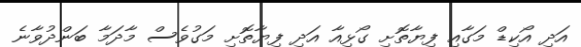
އަދި އޯކިޑް މަގާއި ފިޔާތޮށި ގޯޅިއާ އަދި ފިޔާތޮށި މަގުވެސް މާދަމާ ބަންދުވާނެ